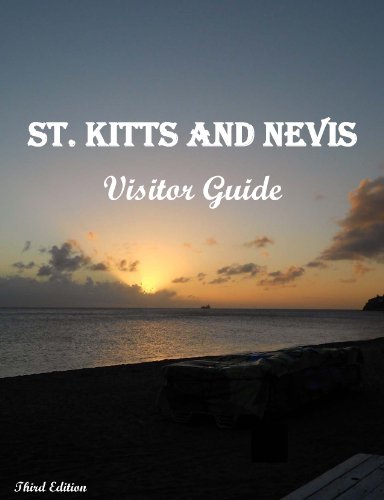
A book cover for St. Kitts and Nevis Visitor Guide; Mr. Peter; Travel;